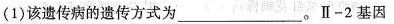
(1) 该遗传病的遗传方式为___。Ⅱ-2 基因